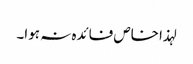
لہذا خاص فائدہ نہ ہوا۔